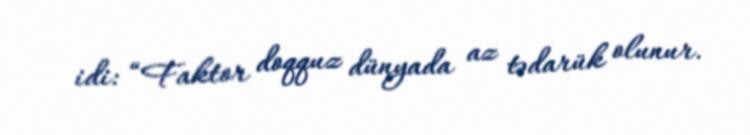
idi: “Faktor doqquz dünyada az tədarük olunur.